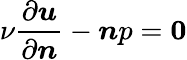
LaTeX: \nu\frac{\partial\boldsymbol{u}}{\partial\boldsymbol{n}}-\boldsymbol{n}p=\boldsymbol{0}